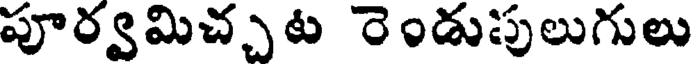
పూర్వమిచ్చట రెండుపులుగులు